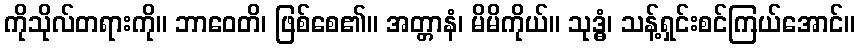
ကိုသိုလ်တရားကို။ ဘာဝေတိ၊ ဖြစ်စေ၏။ အတ္တာနံ၊ မိမိကိုယ်။ သုဒ္ဓံ၊ သန့်ရှင်းစင်ကြယ်အောင်။